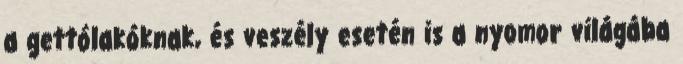
a gettólakóknak, és veszély esetén is a nyomor világába